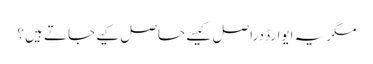
مگر یہ ایوارڈ دراصل کیسے حاصل کیے جاتے ہیں ؟